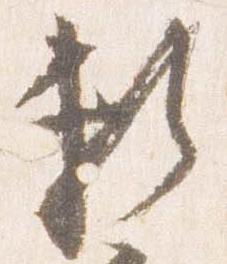
頼